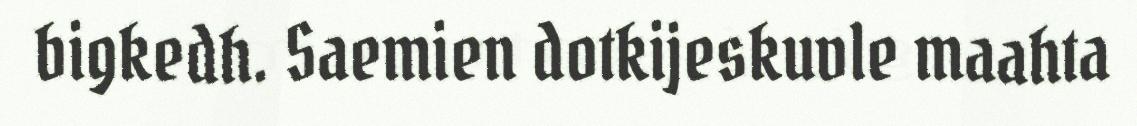
bigkedh. Saemien dotkijeskuvle maahta